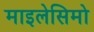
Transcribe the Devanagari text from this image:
माइलेसिमो